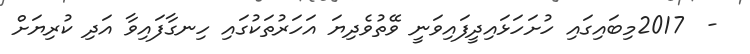
-  2017މިބައިގައި ހުށަހަޅައިދީފައިވަނީ ވޭތުވެދިޔަ އަހަރުތަކުގައި ހިނގާފައިވާ އަދި ކުރިޔަށް